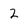
Character: 2